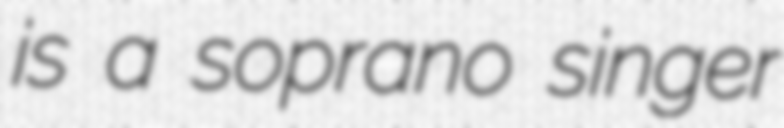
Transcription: is a soprano singer